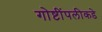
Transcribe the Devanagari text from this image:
गोष्टींपलीकडे